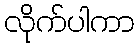
လိုက်ပါကာ